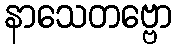
နာသေတဗ္ဗော